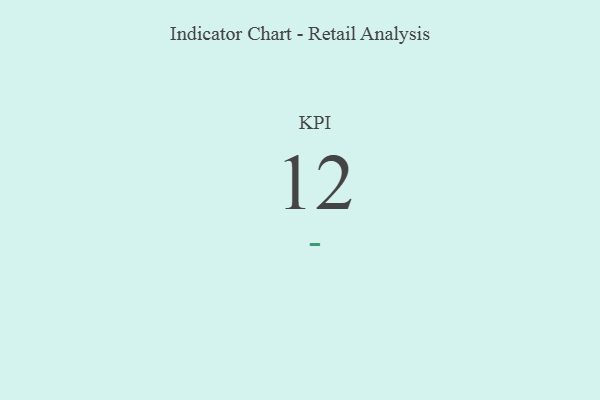
{"axis": {"x": "KPI", "y": "Value"}, "legend": [""], "data": [{"x": "KPI", "y": 12, "type": ""}]}